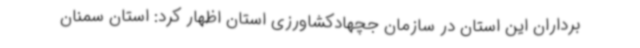
برداران این استان در سازمان جچهادکشاورزی استان اظهار کرد: استان سمنان